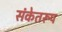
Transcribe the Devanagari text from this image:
संकेतरूप